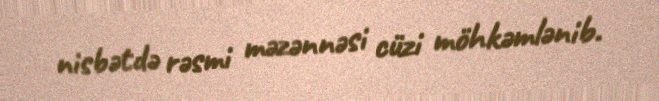
nisbətdə rəsmi məzənnəsi cüzi möhkəmlənib.